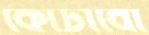
কোটাবো